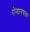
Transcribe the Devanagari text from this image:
रोमानचक